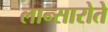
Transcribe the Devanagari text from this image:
लान्सारोते